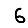
Digit: 6